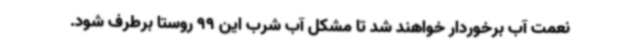
نعمت آب برخوردار خواهند شد تا مشکل آب شرب این 99 روستا برطرف شود.